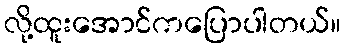
လို့ထူးအောင်ကပြောပါတယ်။